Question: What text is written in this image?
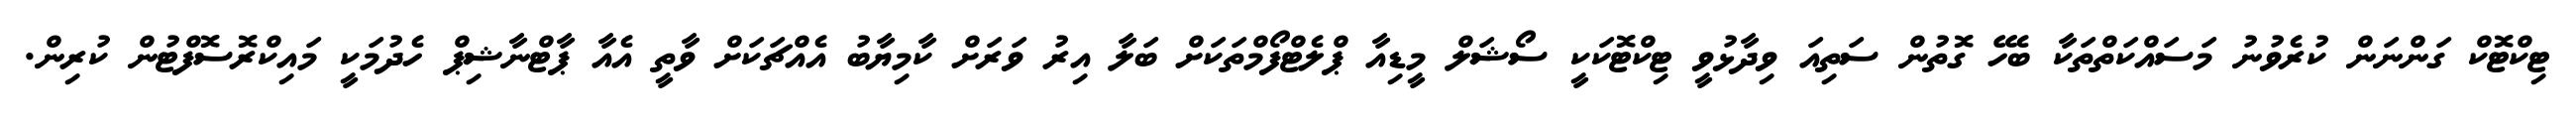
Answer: ޓިކްޓޮކް ގަންނަން ކުރެވުނު މަސައްކަތްތަކާ ބެހޭ ގޮތުން ސަތިއަ ވިދާޅުވީ ޓިކްޓޮކަކީ ސޯޝަލް މީޑިއާ ޕްލެޓްފޯމްތަކަށް ބަލާ އިރު ވަރަށް ކާމިޔާބު އެއްޗަކަށް ވާތީ އެއާ ޕާޓްނާޝިޕް ހެދުމަކީ މައިކްރޮސޮފްޓުން ކުރިން.